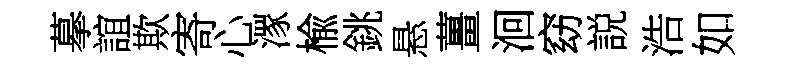
摹誼欺寄心潈楡銚悬薑洄窈説浩如